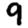
Digit: 9